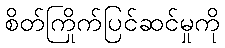
စိတ်ကြိုက်ပြင်ဆင်မှုကို